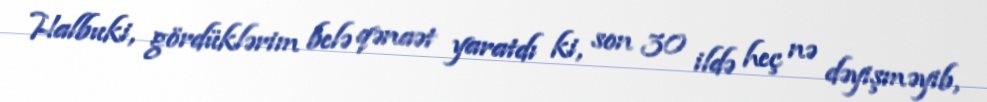
Halbuki, gördüklərim belə qənaət yaratdı ki, son 30 ildə heç nə dəyişməyib,